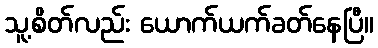
သူ့စိတ်လည်း ယောက်ယက်ခတ်နေပြီ။